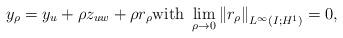
LaTeX: \begin{align*} y_{\rho}= y_u+\rho z_{uw}+\rho r_\rho \mbox{with} \ \lim_{\rho\rightarrow 0}\left\|r_\rho\right\|_{L^\infty(I;H^1)}=0,\end{align*}